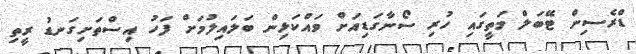
ޑްރެސިން ޓޭބަލް މަތީގައި ހުރި ސޯނާގަޑިއަށް ވައްކަޅިން ބަލައިލުމަށް ފަހު އިސްތަށިގަނޑު ރީތި